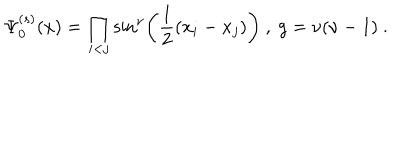
\Psi _ { 0 } ^ { ( s ) } ( x ) = \prod _ { i < j } \sin ^ { \nu } \left( \frac { 1 } { 2 } ( x _ { i } - x _ { j } ) \right) \ , \ g = \nu ( \nu - 1 ) \ .